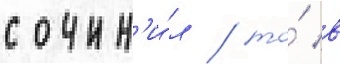
сочин'и́л / то́ в